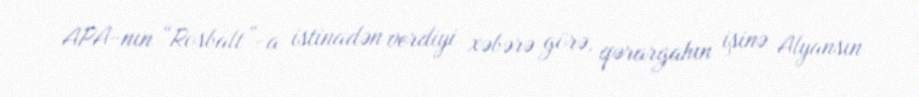
APA-nın “Rosbalt”-a istinadən verdiyi xəbərə görə, qərargahın işinə Alyansın